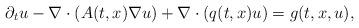
LaTeX: \begin{align*} \partial_{t}u - \nabla \cdot (A(t,x)\nabla u)+\nabla \cdot (q(t,x) u)=g(t,x,u),\end{align*}